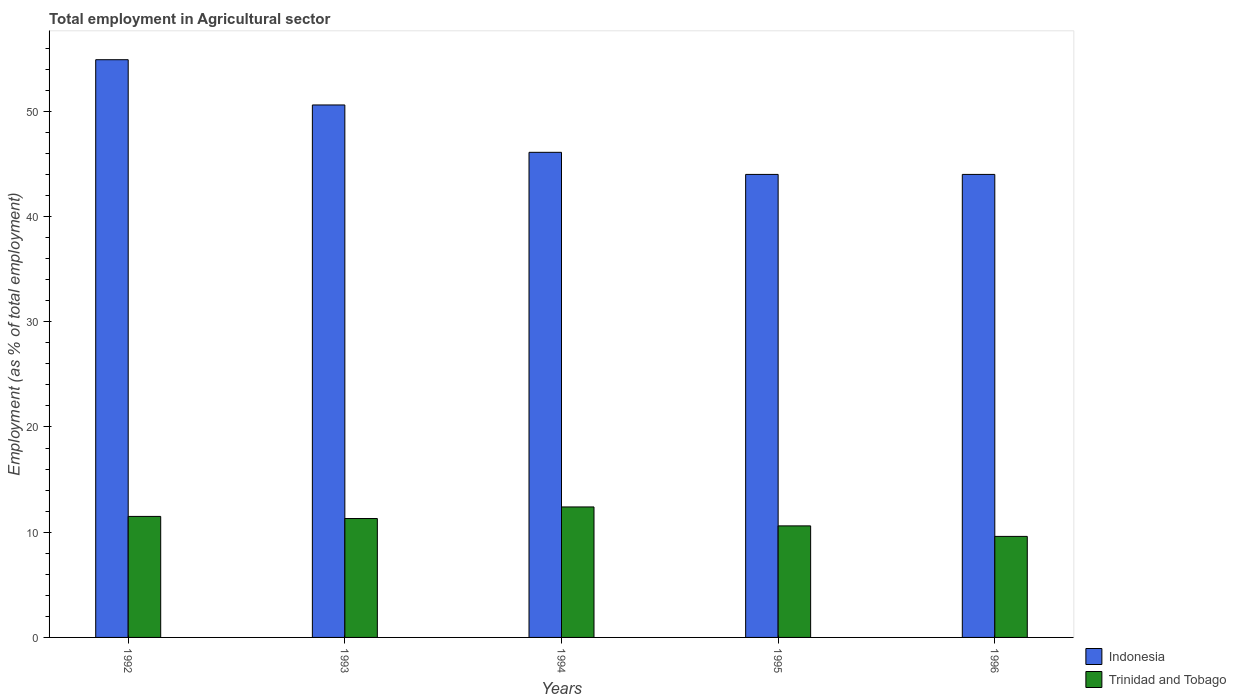
| Years | Indonesia | Trinidad and Tobago |
 | --- | --- | --- |
 | 1992 | 54.9 | 11.5 |
 | 1993 | 50.6 | 11.3 |
 | 1994 | 46.1 | 12.4 |
 | 1995 | 44 | 10.6 |
 | 1996 | 44 | 9.6 |